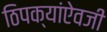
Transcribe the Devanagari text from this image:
ठिपक्यांऐवजी